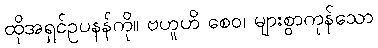
ထိုအရှင်ဥပနန်ကို။ ဗဟူဟိ စေဝ၊ များစွာကုန်သော